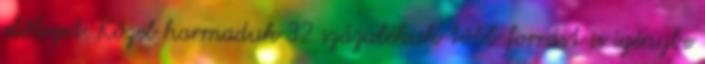
előleget. Közel harmaduk 32 százalékuk több forrást is igénybe